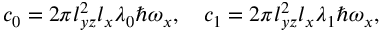
c _ { 0 } = 2 \pi l _ { y z } ^ { 2 } l _ { x } \lambda _ { 0 } \hbar \omega _ { x } , \quad c _ { 1 } = 2 \pi l _ { y z } ^ { 2 } l _ { x } \lambda _ { 1 } \hbar \omega _ { x } ,